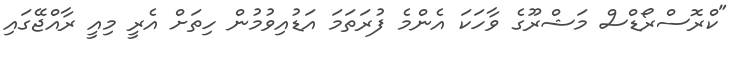
"ކްރޮސްރޯޑްސް މަޝްރޫގެ ވާހަކަ އެންމެ ފުރަތަމަ އަޑުއިވުމުން ހިތަށް އެރީ މިއީ ރާއްޖޭގައި